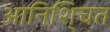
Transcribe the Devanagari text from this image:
आनिशि्चत